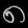
Digit: ၈